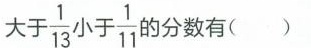
大于\frac{1}{13}小于\frac{1}{11}的分数有()